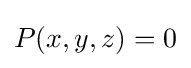
P(x,y,z)=0